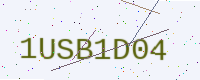
Text: 1USB1D04